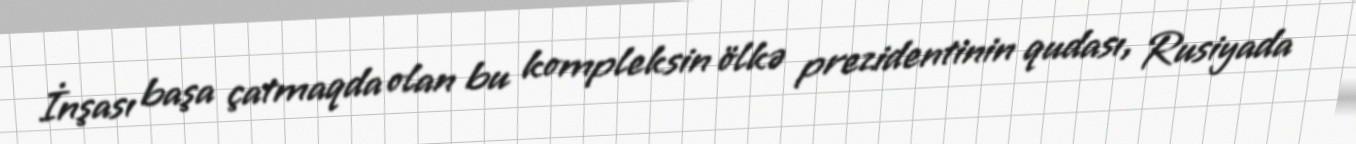
İnşası başa çatmaqda olan bu kompleksin ölkə prezidentinin qudası, Rusiyada